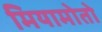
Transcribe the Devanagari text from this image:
मियामोतो